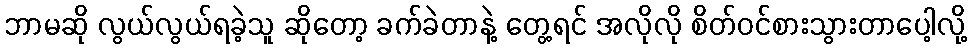
ဘာမဆို လွယ်လွယ်ရခဲ့သူ ဆိုတော့ ခက်ခဲတာနဲ့ တွေ့ရင် အလိုလို စိတ်ဝင်စားသွားတာပေါ့လို့